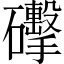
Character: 𥗩